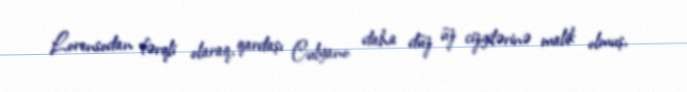
Lorensodan fərqli olaraq, qardaşı Culyano daha düz üz cizgilərinə malik olmuş,